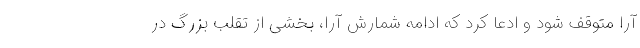
آرا متوقف شود و ادعا کرد که ادامه شمارش آرا، بخشی از تقلب بزرگ در